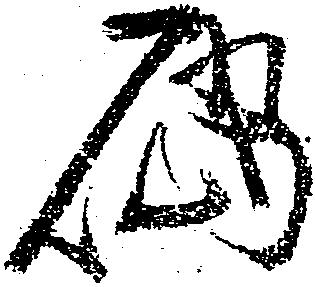
礑